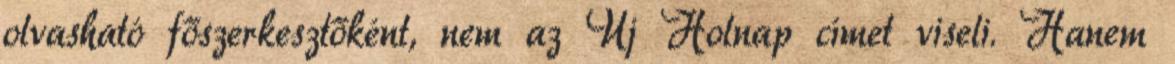
olvasható főszerkesztőként, nem az Új Holnap címet viseli. Hanem